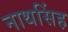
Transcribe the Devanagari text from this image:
नाथसिंह